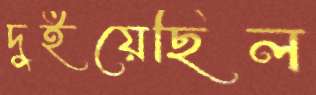
দুইয়েছিল